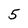
Character: 5